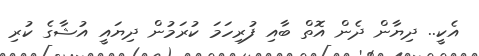
އެކީ.. ދިޔާން ދެން އޮތް ބާއި ފުރިހަމަ ކުރަމުން ދިޔައީ އުޝާގެ ކުރި